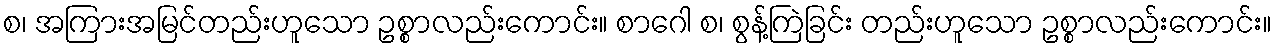
စ၊ အကြားအမြင်တည်းဟူသော ဥစ္စာလည်းကောင်း။ စာဂေါ စ၊ စွန့်ကြဲခြင်း တည်းဟူသော ဥစ္စာလည်းကောင်း။